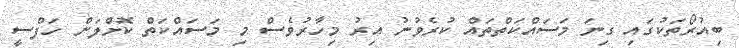
ބިއުރޯތަކުގައި ގިނަ މަސައްކަތްތައް ކުރެވުނު އިރު މިހާރުވެސް މި މަސައްކަތް ކޮށްލަން ހަފްސީ